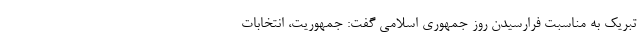
تبریک به مناسبت فرارسیدن روز جمهوری اسلامی گفت: جمهوریت، انتخابات